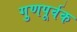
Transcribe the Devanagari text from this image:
गुणपूर्वक